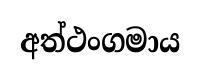
අත්ථංගමාය